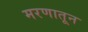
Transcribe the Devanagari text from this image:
मरणातून